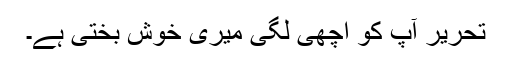
تحریر آپ کو اچھی لگی میری خوش بختی ہے۔